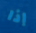
إذا